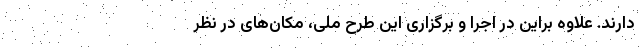
دارند. علاوه براین در اجرا و برگزاری این طرح ملی، مکان‌های در نظر